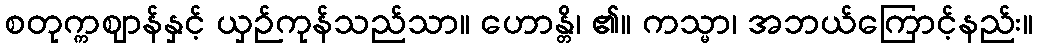
စတုက္ကဈာန်နှင့် ယှဉ်ကုန်သည်သာ။ ဟောန္တိ၊ ၏။ ကသ္မာ၊ အဘယ်ကြောင့်နည်း။